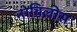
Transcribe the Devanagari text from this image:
नोबिलीस